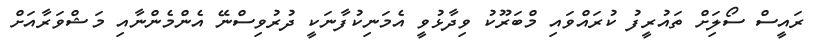
ރައީސް ސޯލިަށް ތައުރީފު ކުރައްވައި މްބަރޫކު ވިދާޅުވީ އެމަނިކުފާނަކީ ދުރުވިސްނޭ އެންމެންނާއި މަޝްވަރާއަށް